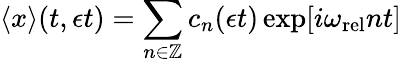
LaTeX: \langle x\rangle(t,\epsilon t)=\sum_{n\in\mathbb{Z}}c_{n}(\epsilon t)\exp[i\omega_{\mathrm{rel}}nt]